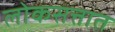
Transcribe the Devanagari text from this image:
लोकसत्तात